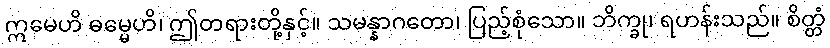
ဣမေဟိ ဓမ္မေဟိ၊ ဤတရားတို့နှင့်။ သမန္နာဂတော၊ ပြည့်စုံသော။ ဘိက္ခု၊ ရဟန်းသည်။ စိတ္တံ